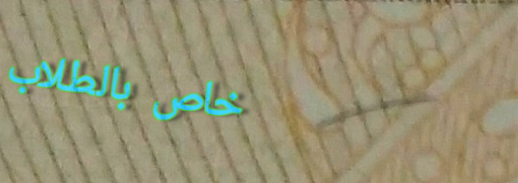
خاص بالطلاب